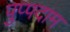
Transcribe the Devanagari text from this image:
पुप्पदाम